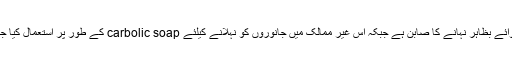
لائف بوائے بظاہر نہانے کا صابن ہے جبکہ اس غیر ممالک میں جانوروں کو نہلانے کیلئے carbolic soap کے طور پر استعمال کیا جاتا ہے۔